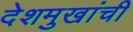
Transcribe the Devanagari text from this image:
देशमुखांची